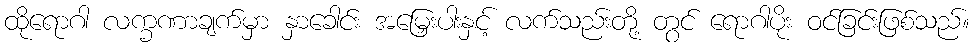
ထိုရောဂါ လက္ခဏာချက်မှာ နှာခေါင်း အမြှေးပါးနှင့် လက်သည်းတို့ တွင် ရောဂါပိုး ဝင်ခြင်းဖြစ်သည်။